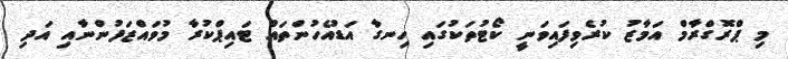
މި ޕްރޮގްރާމް އަމާޒު ކުރެވިފައިވަނީ ކޯޓުތަކުގައި ހިނގާ އަޑުއެހުންތައް ޓައިޕްކުރާ މުވައްޒަފުންނާއި އަދި